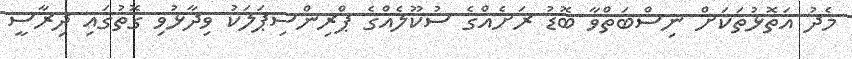
މެދު އަތޮޅުތަކަށް ނިސްބަތްވާ ބޮޑު ރަށެއްގެ ސުކޫލެއްގެ ޕްރިންސިޕަލަކު ވިދާޅުވި ގޮތުގައި ދިރާސީ